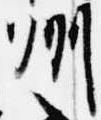
州